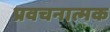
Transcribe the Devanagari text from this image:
प्रवचनात्मक